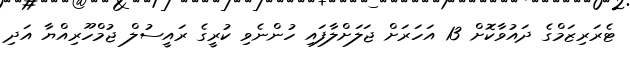
ޓެރަރިޒަމްގެ ދައުވާކޮށް 13 އަހަރަށް ޖަލަށްލާފައި ހުންނެވި ކުރީގެ ރައީސުލް ޖުމްހޫރިއްޔާ އަދި